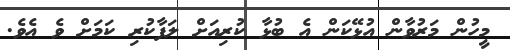
މީހުން މަރުވާން އުޅޭކަން އެ ބުޅާ ކުރިއަށް ލަފާކުރި ކަމަށް ވެ އެވެ.